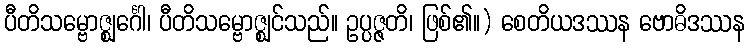
ပီတိသမ္ဗောဇ္ဈင်္ဂေါ၊ ပီတိသမ္ဗောဇ္ဈင်သည်။ ဥပ္ပဇ္ဇတိ၊ ဖြစ်၏။) စေတိယဒဿန ဗောဓိဒဿန